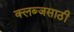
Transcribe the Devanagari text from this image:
क्लब्जसाठी